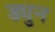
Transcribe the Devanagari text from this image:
ड्युन